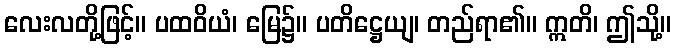
လေးလတို့ဖြင့်။ ပထဝိယံ၊ မြေ၌။ ပတိဋ္ဌေယျ၊ တည်ရာ၏။ ဣတိ၊ ဤသို့။